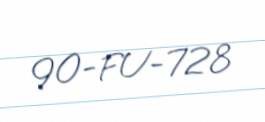
90-FU-728